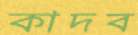
কাদব